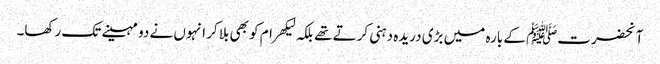
آنحضرتﷺ کے بارہ میں بڑی دریدہ دہنی کرتے تھے بلکہ لیکھرام کو بھی بلا کر انہوں نے دو مہینے تک رکھا۔